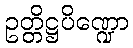
ဥတ္တိဋ္ဌပိဏ္ဍော